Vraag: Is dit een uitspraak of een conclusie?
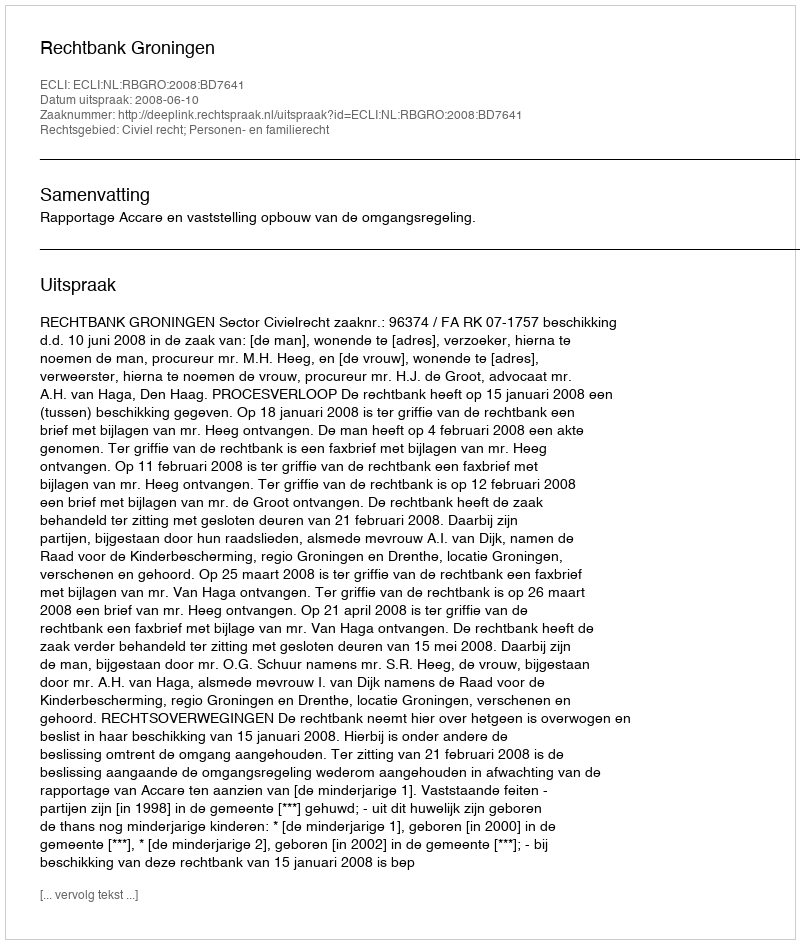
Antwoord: Uitspraak